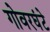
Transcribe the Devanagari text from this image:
गोवरघंटे